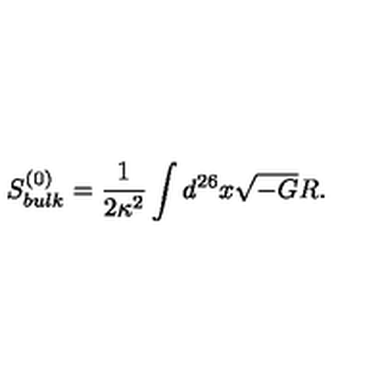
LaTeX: S _ { b u l k } ^ { ( 0 ) } = { \frac { 1 } { 2 \kappa ^ { 2 } } } \int d ^ { 2 6 } x \sqrt { - G } R .